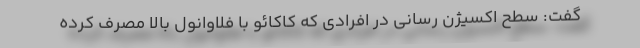
گفت: سطح اکسیژن رسانی در افرادی که کاکائو با فلاوانول بالا مصرف کرده